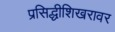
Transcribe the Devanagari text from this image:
प्रसिद्धीशिखरावर